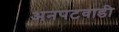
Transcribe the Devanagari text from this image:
अनपटवाडी